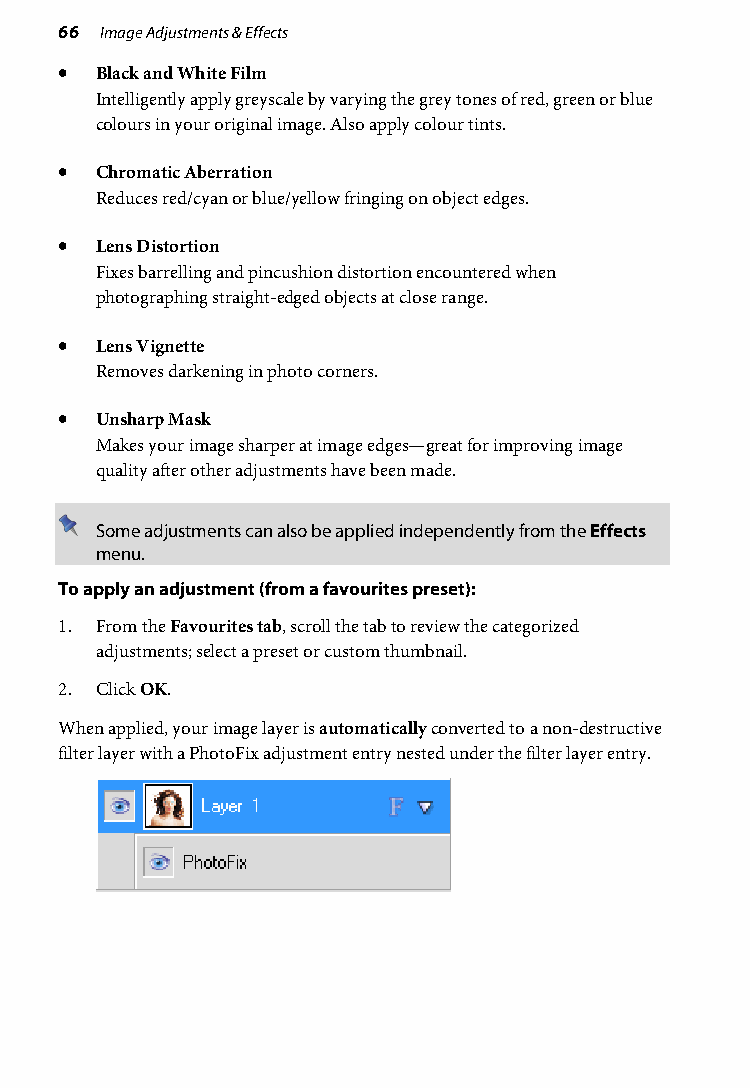
66 Image Adjustments & Effects
 • Black and White Film
 Intelligently apply greyscale by varying the grey tones of red, green or blue
 colours in your original image. Also apply colour tints.
 • Chromatic Aberration
 Reduces red/cyan or blue/yellow fringing on object edges.
 • Lens Distortion
 Fixes barrelling and pincushion distortion encountered when
 photographing straight-edged objects at close range.
 • Lens Vignette
 Removes darkening in photo corners.
 • Unsharp Mask
 Makes your image sharper at image edges—great for improving image
 quality after other adjustments have been made.
 Some adjustments can also be applied independently from the Effects
 menu.
 To apply an adjustment (from a favourites preset):
 1. From the Favourites tab, scroll the tab to review the categorized
 adjustments; select a preset or custom thumbnail.
 2. Click OK.
 When applied, your image layer is automatically converted to a non-destructive
 filter layer with a PhotoFix adjustment entry nested under the filter layer entry.